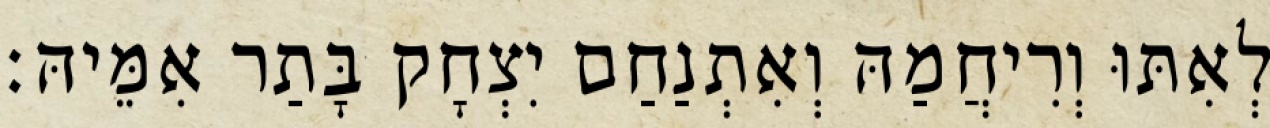
לְאִתּוּ וְרִיחֲמַהּ וְאִתְנַחַם יִצְחָק בָּתַר אִמֵּיהּ׃